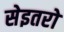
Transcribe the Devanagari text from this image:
सेइतरो